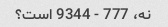
نه، 777 - 9344 است؟